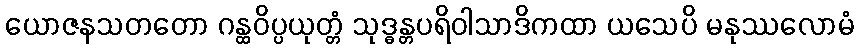
ယောဇနသတတော ဂန္ထဝိပ္ပယုတ္တံ သုဒ္ဓန္တပရိဝါသာဒိကထာ ယသေပိ မနုဿလောမံ